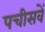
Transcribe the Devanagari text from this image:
पचीसवें